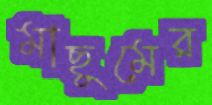
মাছুমের